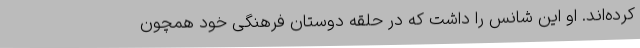
کرده‌اند. او این شانس را داشت که در حلقه دوستان فرهنگی خود همچون